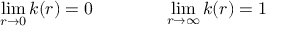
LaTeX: \operatorname * { l i m } _ { r \rightarrow 0 } k ( r ) = 0 \qquad \qquad \operatorname * { l i m } _ { r \rightarrow \infty } k ( r ) = 1